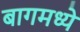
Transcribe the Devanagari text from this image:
बागमध्ये